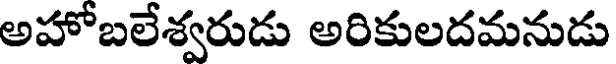
అహోబలేశ్వరుడు అరికులదమనుడు